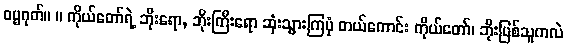
ဓမ္မဂုတ်။ ။ ကိုယ်တော်ရဲ့ ဘိုးရော, ဘိုးကြီးရော ဆုံးသွားကြပုံ တယ်ကောင်း ကိုယ်တော်၊ ဘိုးဖြစ်သူကလဲ